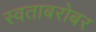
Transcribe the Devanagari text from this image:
स्वताबरोबर